Leningradi_Edasi_toimetus, lk 29
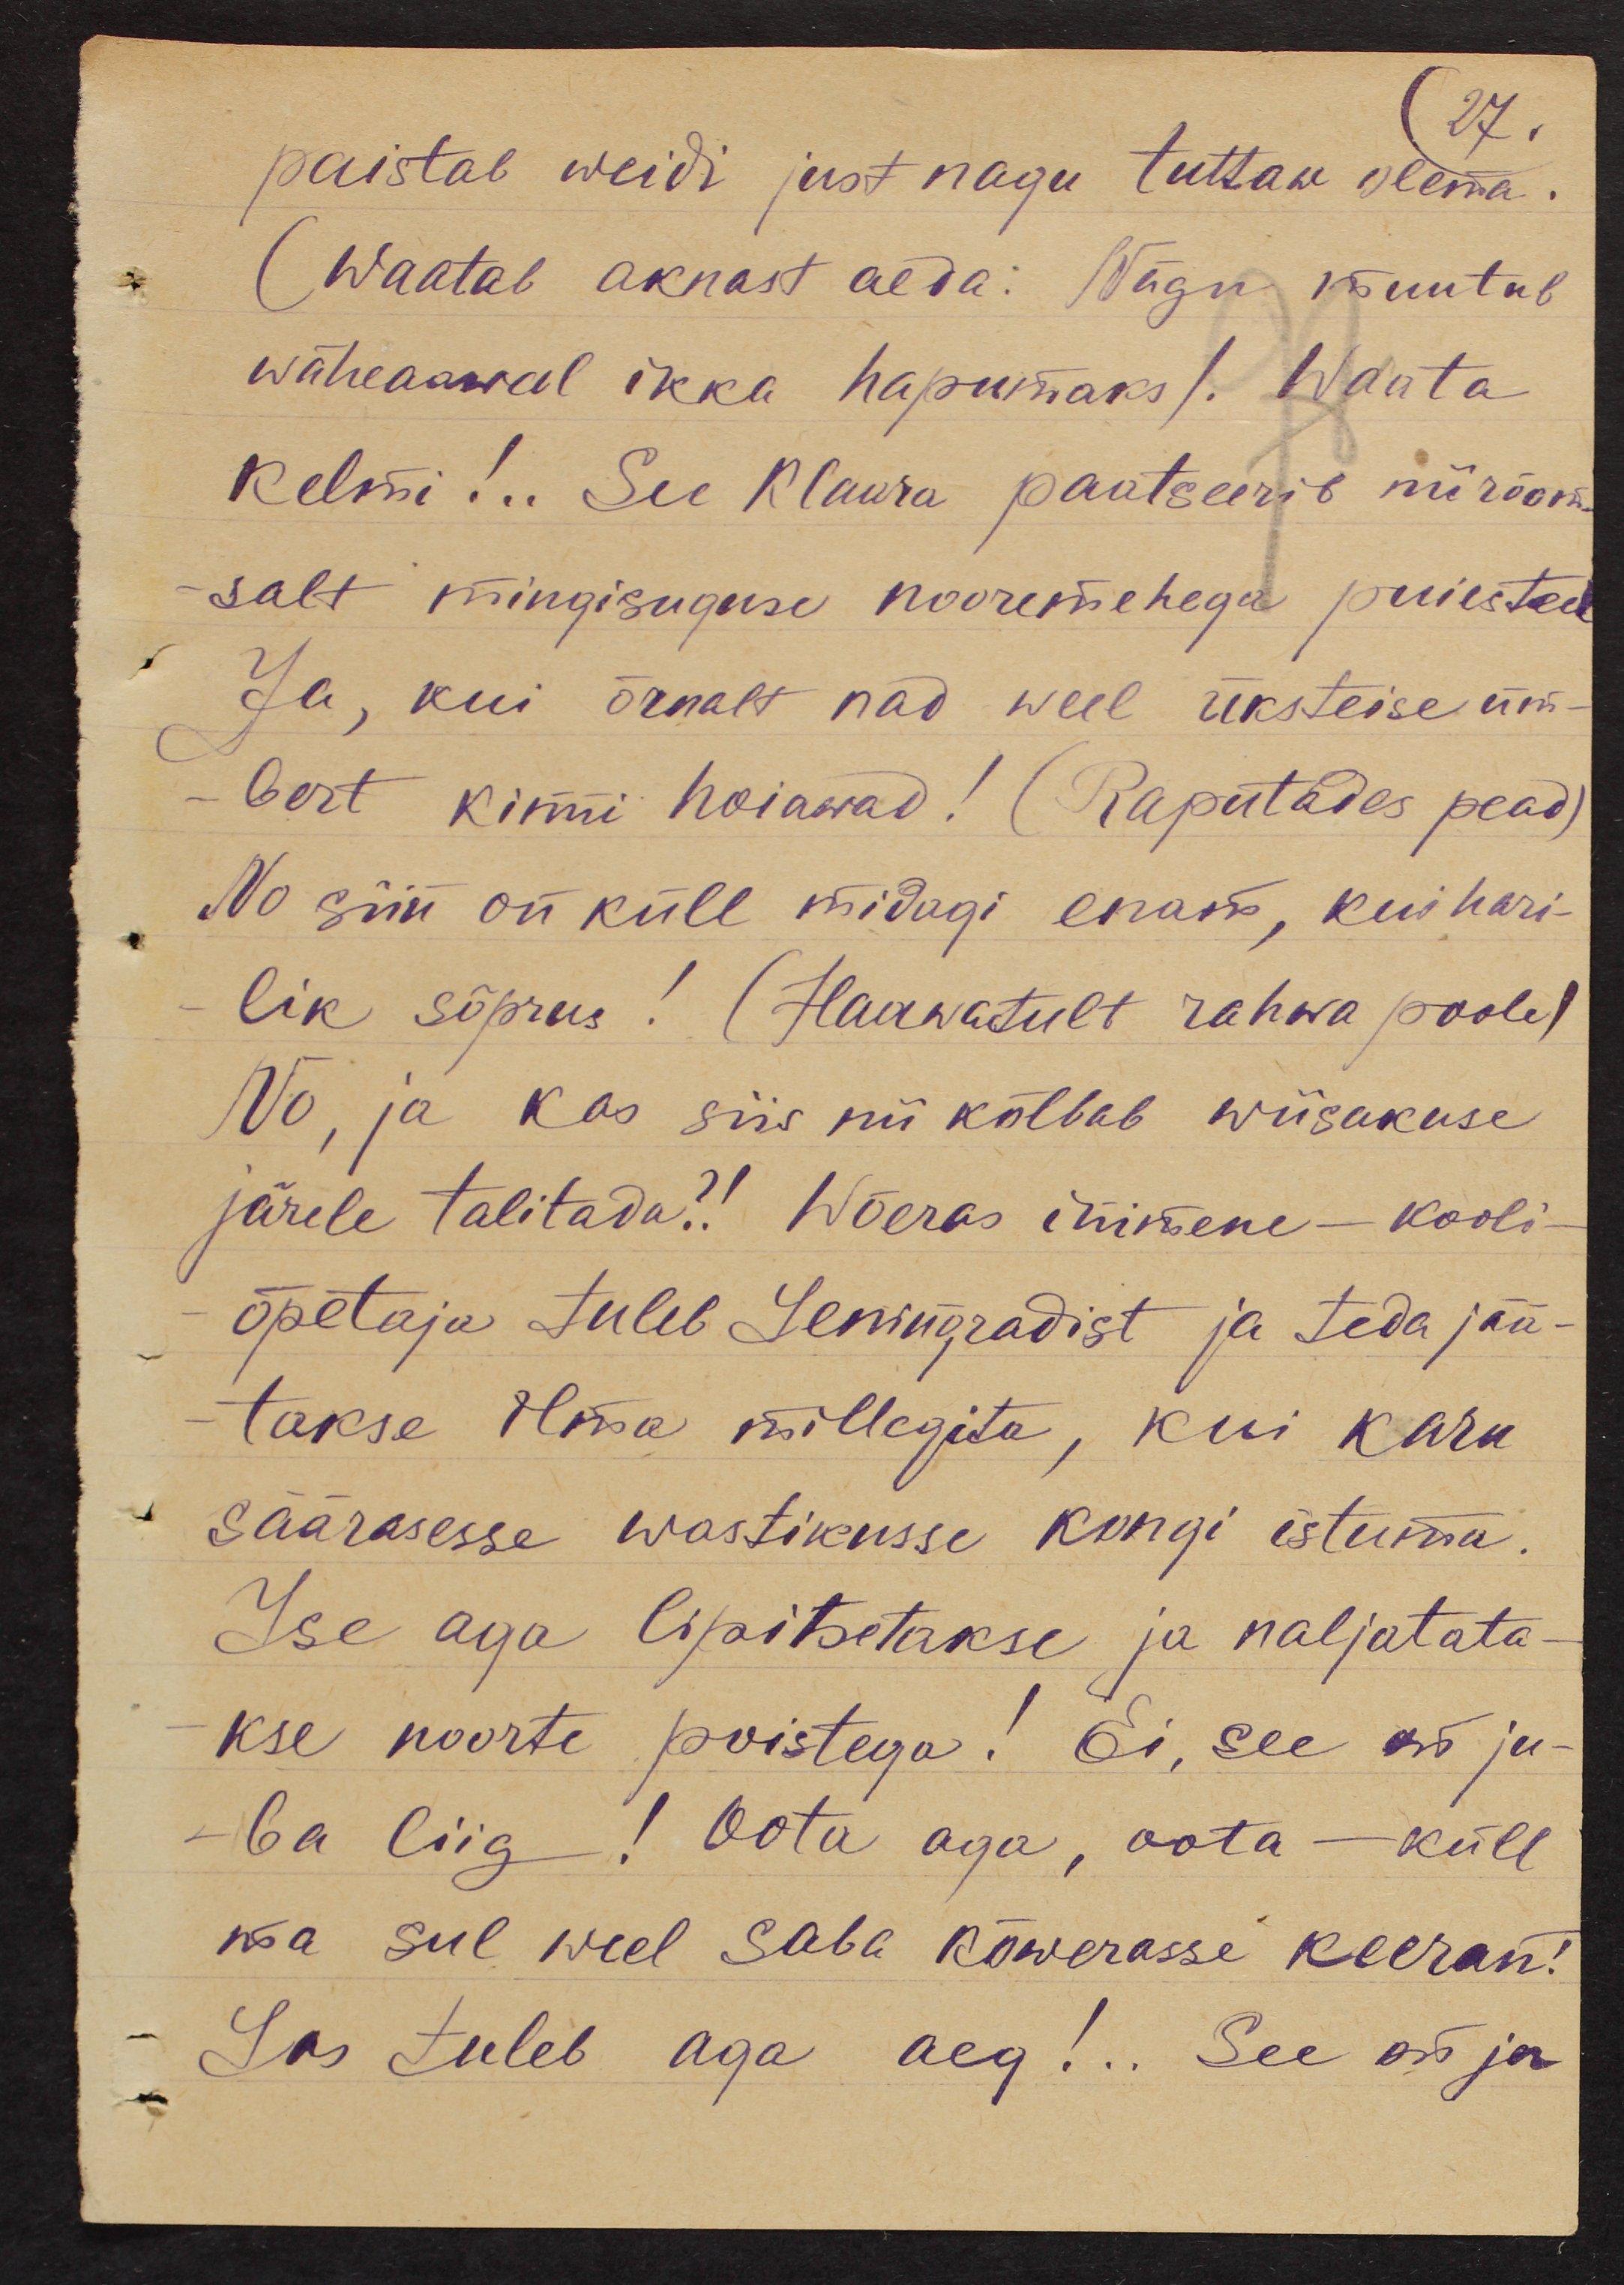
27.
paistab weidi just nagu tuttaw olema.
(Waatab aknast aeda: Nägu muutub
wäheaawal ikka hapumaks). Waata
kelmi!.. See Klaara paatseerib nii rõõm-
salt mingisuguse nooremehega puiesteel
Ja, kui õrnalt nad weel üksteise üm-
bert kinni hoiawad! (Raputades pead)
No siin on küll midagi enam, kui hari-
lik sõprus! (Haawatult rahwa poole)
No, ja kas siis nii kõlbab wiisakuse
järele talitada?! Wõeras inimene - kooli-
õpetaja tuleb Leningradist ja teda jää-
takse ilma millegita, kui karu
säärasesse wastikusse kongi istuma.
Ise aga lipitsetakse ja naljatata-
kse noorte poistega! Ei, see on ju-
ba liig! Oota aga, oota - küll
ma sul weel saba kõwerasse keeran!
Las tuleb aga aeg! .. See on ju